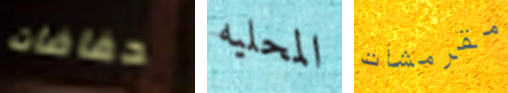
حفاضات المحليه مقرمشات